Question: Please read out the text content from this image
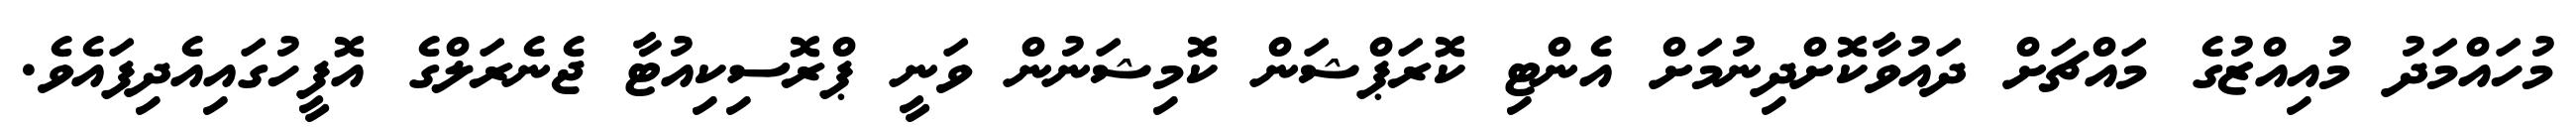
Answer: މުހައްމަދު މުއިއްޒުގެ މައްޗަށް ދައުވާކޮށްދިނުމަށް އެންޓި ކޮރަޕްޝަން ކޮމިޝަނުން ވަނީ ޕްރޮސިކިއުޓާ ޖެނެރަލްގެ އޮފީހުގައިއެދިފައެވެ.